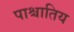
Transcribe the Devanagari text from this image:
पाश्चातिय